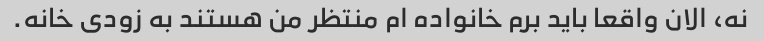
نه، الان واقعا باید برم خانواده ام منتظر من هستند به زودی خانه.